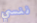
ننسي